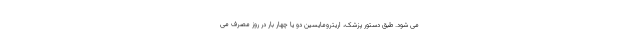
می شود. طبق دستور پزشک، اریترومایسین دو یا چهار بار در روز مصرف می